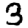
Digit: 3